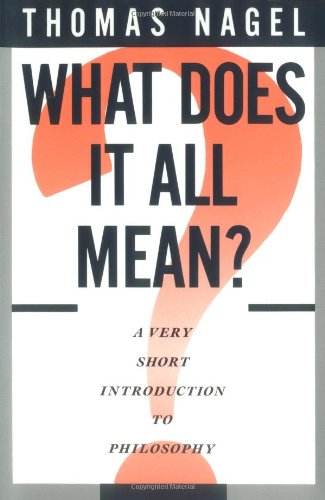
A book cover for What Does It All Mean?: A Very Short Introduction to Philosophy; Thomas Nagel; Politics & Social Sciences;